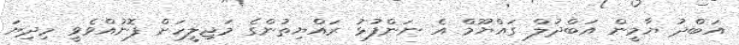
އަބްދު ޔާމީން އަބްދުލް ގައްޔޫމް އެ ނަންފުޅު ރައްޔިތުންގެ މަޖިލީހަށް ފޮނުއްވެވީ މިދިޔަ